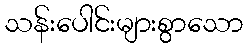
သန်းပေါင်းများစွာသော